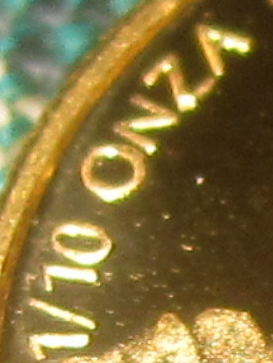
1/10 ONZA